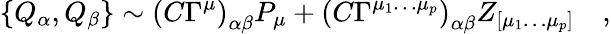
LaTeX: \{ Q_{\alpha},Q_{\beta}\} \sim\left(C\Gamma^{\mu}\right)_{\alpha\beta}P_{\mu}+\left(C\Gamma^{\mu_{1}\ldots\mu_{p}}\right)_{\alpha\beta}Z_{[\mu_{1}\ldots\mu_{p}]}\quad,